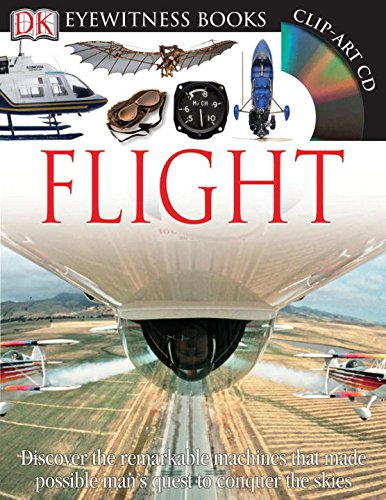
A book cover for Flight (DK Eyewitness Books); Andrew Nahum; Children's Books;